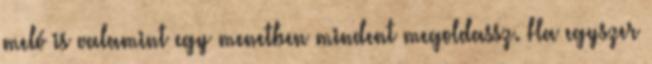
meló is valamint egy menetben mindent megoldassz. Ha egyszer